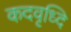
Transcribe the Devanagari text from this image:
कदवृध्दि